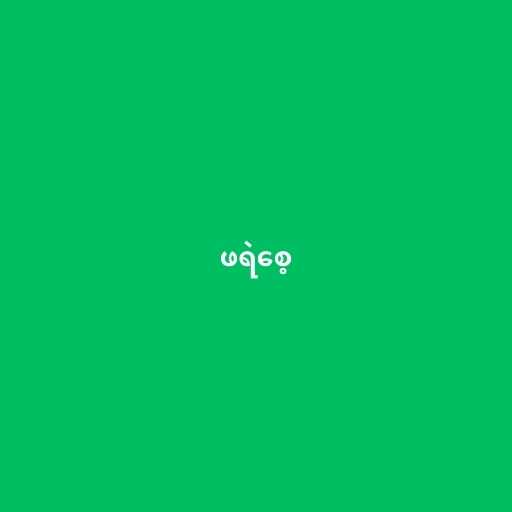
ဖရဲစေ့